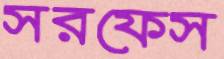
সরফেস